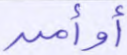
أوأمن